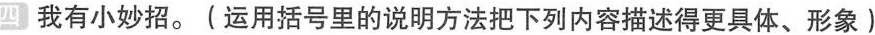
四我有小妙招。(运用括号里的说明方法把下列内容描述得更具体、形象)